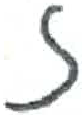
אות: ז